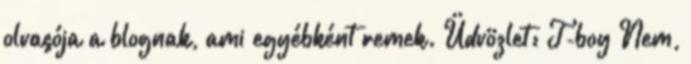
olvasója a blognak, ami egyébként remek. Üdvözlet: T-boy Nem,